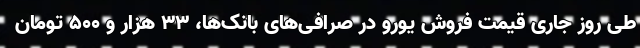
طی روز جاری قیمت فروش یورو در صرافی‌های بانک‌ها، ۳۳ هزار و ۵۰۰ تومان